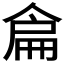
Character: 𠋅